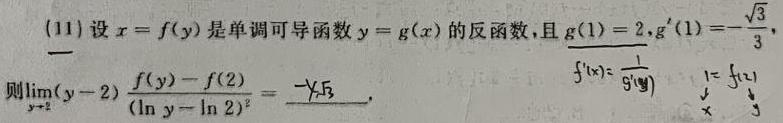
(11) 设$x = f(y)$是单调可导函数$y = g(x)$的反函数, 且$g(1)=2,g^{\prime}(1)=-\frac{\sqrt{3}}{3}$, 则$\lim_{y \to 2} \frac{f(y)-f(2)}{(y - 2)(\ln y-\ln 2)^2}=$___.